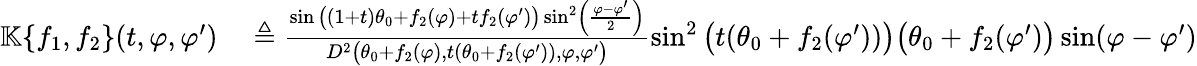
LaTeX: \begin{array}{rl}{\mathbb{K}\{ f_{1},f_{2}\} (t,\varphi,\varphi^{\prime})}&{{}\triangleq\frac{\sin\big((1+t)\theta_{0}+f_{2}(\varphi)+tf_{2}(\varphi^{\prime})\big)\sin^{2}\left(\frac{\varphi-\varphi^{\prime}}{2}\right)}{D^{2}\big(\theta_{0}+f_{2}(\varphi),t(\theta_{0}+f_{2}(\varphi^{\prime})),\varphi,\varphi^{\prime}\big)}\sin^{2}\big(t(\theta_{0}+f_{2}(\varphi^{\prime}))\big)\big(\theta_{0}+f_{2}(\varphi^{\prime})\big)\sin(\varphi-\varphi^{\prime})}\end{array}